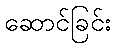
ဆောင်ခြင်း